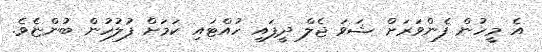
އެ މީހުން ފެންވަރަށް ޝަވަ ޖެލް ދީފައި ހުއްޓައި ކަމަށް ފުލުހުން ބުންޏެވެ.